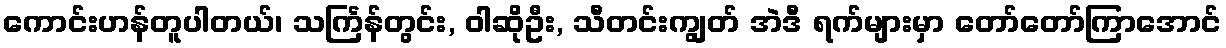
ကောင်းဟန်တူပါတယ်၊ သင်္ကြန်တွင်း, ဝါဆိုဦး, သီတင်းကျွတ် အဲဒီ ရက်များမှာ တော်တော်ကြာအောင်